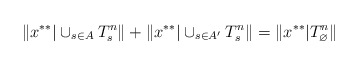
\begin{align*}\|x^{**}|\cup_{s\in A} T^n_s\|+\|x^{**}|\cup_{s\in A'} T^n_s\|=\|x^{**}| T^n_{\varnothing}\|\end{align*}